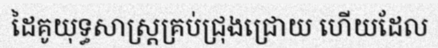
ដៃគូយុទ្ធសាស្ត្រគ្រប់ជ្រុងជ្រោយ ហើយដែល